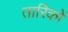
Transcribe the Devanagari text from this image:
तारिकों